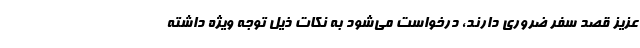
عزیز قصد سفر ضروری دارند، درخواست می­شود به نکات ذیل توجه ویژه داشته